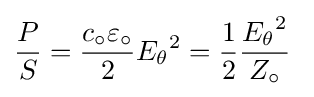
{P \over S}={c_{\circ }\varepsilon _{\circ } \over 2}{E_{\theta }}^{2}={1 \over 2}{{E_{\theta }}^{2} \over Z_{\circ }}\